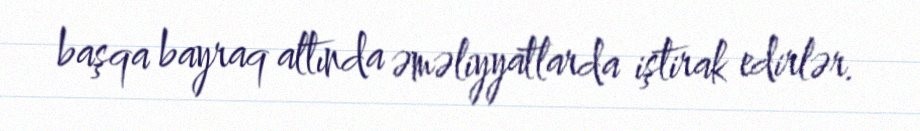
başqa bayraq altında əməliyyatlarda iştirak edirlər.